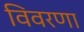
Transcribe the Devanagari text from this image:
विवरणा